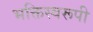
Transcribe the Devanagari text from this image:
भक्तिस्वरूपी